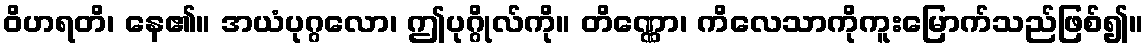
ဝိဟရတိ၊ နေ၏။ အယံပုဂ္ဂလော၊ ဤပုဂ္ဂိုလ်ကို။ တိဏ္ဏော၊ ကိလေသာကိုကူးမြောက်သည်ဖြစ်၍။